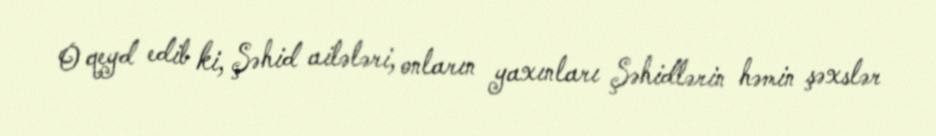
O qeyd edib ki, Şəhid ailələri, onların yaxınları Şəhidlərin həmin şəxslər